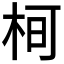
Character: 𭩵